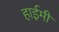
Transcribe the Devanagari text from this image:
हाईमी